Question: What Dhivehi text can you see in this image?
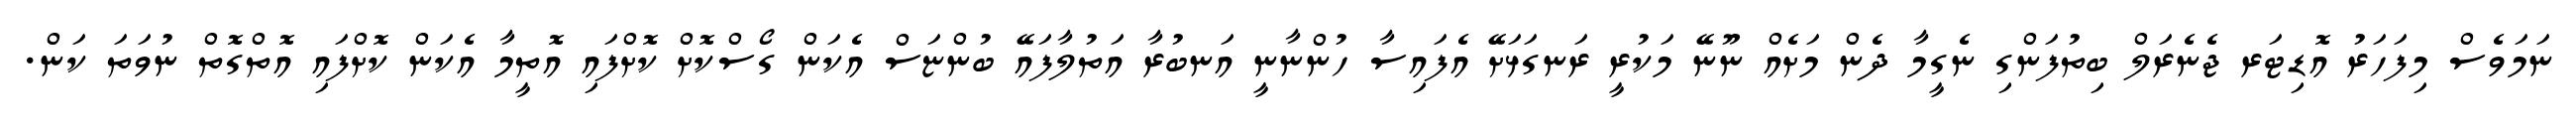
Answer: ނަމަވެސް މިފަހަރު އޮޑިޓަރ ޖެނެރަލް ބިތުފަންގި ނެގީމާ ދެން މަށެއް ނޫނޭ މަކުރީ ރަނގަޅަށޭ އެފައިސާ ހުންނާނީ އަނބުރާ އަތުލާފައޭ ބުންޏަސް އެކަން ގޯސްކޮށް ކޮށްފައި އޮތީމާ އެކަން ކޮށްފައި އޮތްގޮތް ނުވަތަ ކަން.